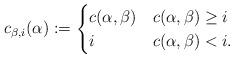
LaTeX: \begin{align*} c_{\beta, i}(\alpha) := \begin{cases} c(\alpha, \beta) & c(\alpha, \beta) \geq i \\ i & c(\alpha, \beta) < i. \end{cases} \end{align*}